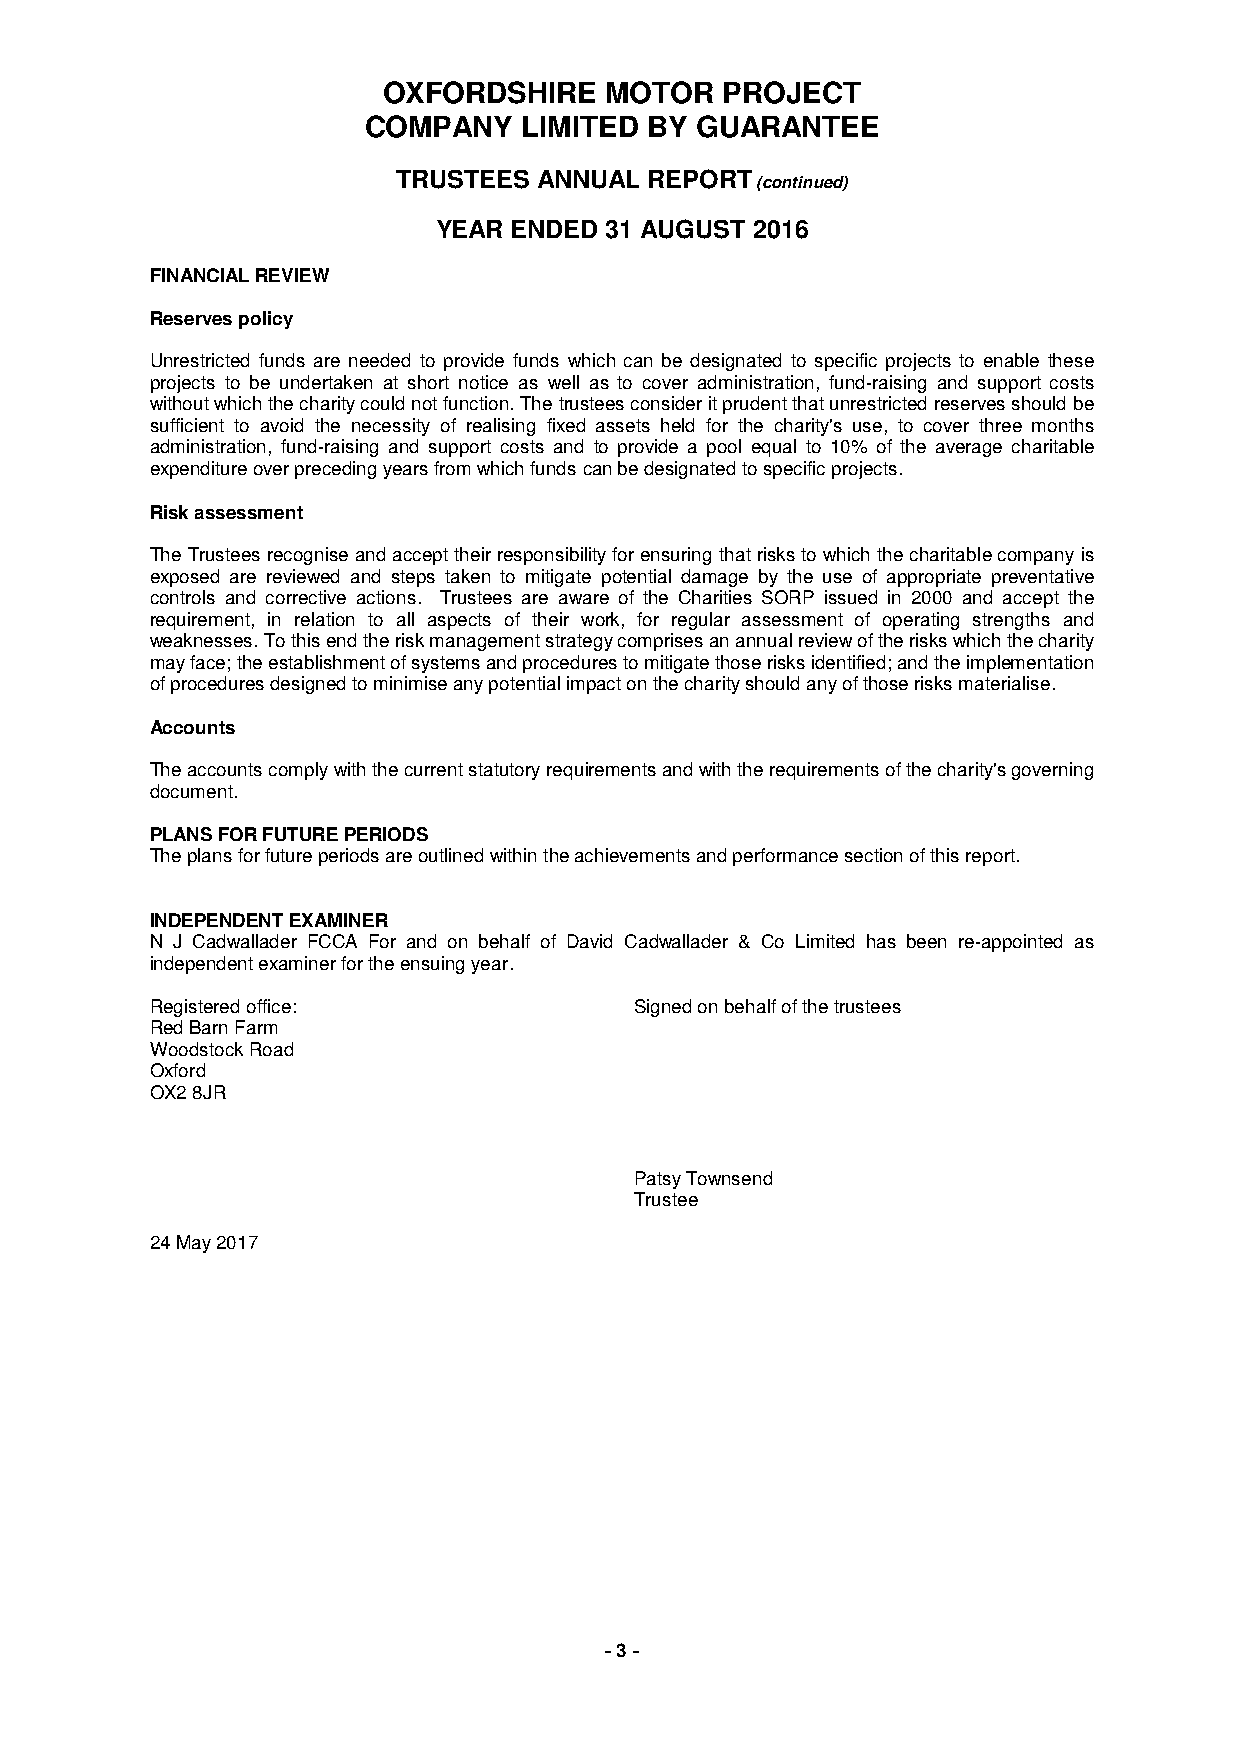
OXFORDSHIRE    MOTOR   PROJECT
 COMPANY    LIMITED BY GUARANTEE
 TRUSTEES  ANNUAL REPORT (continued)
 YEAR ENDED 31 AUGUST 2016
 FINANCIAL REVIEW
 Reserves policy
 Unrestricted funds are needed to provide funds which can be designated to specific projects to enable these
 projects to be undertaken at short notice as well as to cover administration, fund-raising and support costs
 without which the charity could not function. The trustees consider it prudent that unrestricted reserves should be
 sufficient to avoid the necessity of realising fixed assets held for the charity's use, to cover three months
 administration, fund-raising and support costs and to provide a pool equal to 10% of the average charitable
 expenditure over preceding years from which funds can be designated to specific projects.
 Risk assessment
 The Trustees recognise and accept their responsibility for ensuring that risks to which the charitable company is
 exposed are reviewed and steps taken to mitigate potential damage by the use of appropriate preventative
 controls and corrective actions. Trustees are aware of the Charities SORP issued in 2000 and accept the
 requirement, in relation to all aspects of their work, for regular assessment of operating strengths and
 weaknesses. To this end the risk management strategy comprises an annual review of the risks which the charity
 may face; the establishment of systems and procedures to mitigate those risks identified; and the implementation
 of procedures designed to minimise any potential impact on the charity should any of those risks materialise.
 Accounts
 The accounts comply with the current statutory requirements and with the requirements of the charity's governing
 document.
 PLANS FOR FUTURE PERIODS
 The plans for future periods are outlined within the achievements and performance section of this report.
 INDEPENDENT EXAMINER
 N J Cadwallader FCCA For and on behalf of David Cadwallader & Co Limited has been re-appointed as
 independent examiner for the ensuing year.
 Registered office:              Signed on behalf of the trustees
 Red Barn Farm
 Woodstock Road
 Oxford
 OX2 8JR
 Patsy Townsend
 Trustee
 24 May 2017
 - 3 -